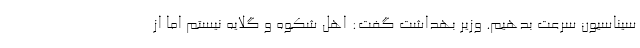
سیناسیون سرعت بدهیم. وزیر بهداشت گفت: اهل شکوه و گلایه نیستم اما از